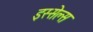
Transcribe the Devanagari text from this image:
इस्सेल्स